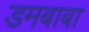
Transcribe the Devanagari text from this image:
डमबाबा